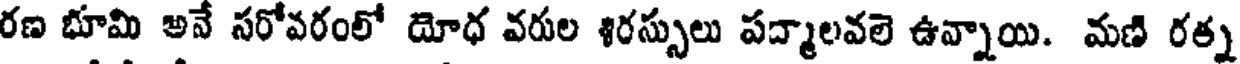
రణ భూమి అనే సరోవరంలో యోధ వరుల శిరస్సులు పద్మాలవలె ఉన్నాయి. మణి రత్న